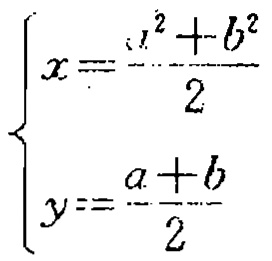
\[\begin{cases}

x = \frac{a^{2}+b^{2}}{2}\\

y = \frac{a + b}{2}

\end{cases}\]